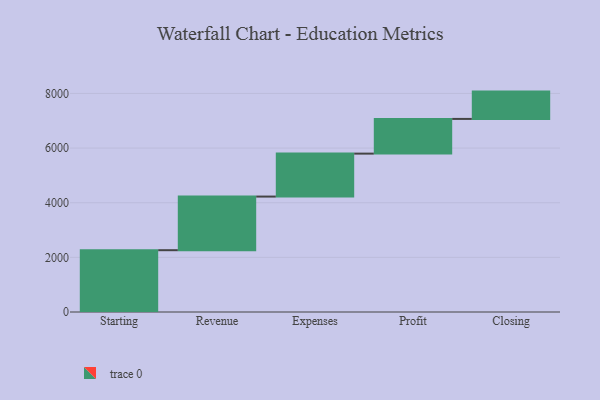
{"axis": {"x": "Step", "y": "Value"}, "legend": [""], "data": [{"x": "Starting", "y": 2262.0, "type": ""}, {"x": "Revenue", "y": 1963.0, "type": ""}, {"x": "Expenses", "y": 1572.0, "type": ""}, {"x": "Profit", "y": 1270.0, "type": ""}, {"x": "Closing", "y": 1000, "type": ""}]}